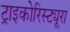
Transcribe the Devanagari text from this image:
ट्राइकोरिस्ट्यूरा